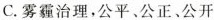
C.雾霾治理，公平、公正、公开